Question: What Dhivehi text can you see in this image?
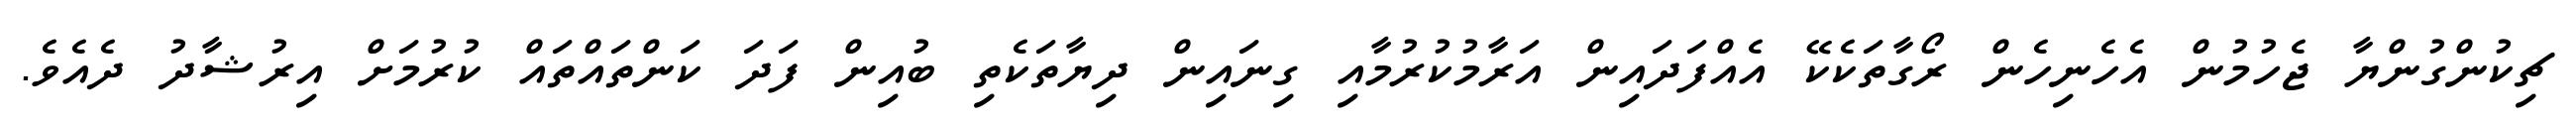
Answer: ޗިކުންގުންޔާ ޖެހުމުން އެހެނިހެން ރޯގާތަކެކޭ އެއްފަދައިން އަރާމުކުރުމާއި ގިނައިން ދިޔާތަކެތި ބުއިން ފަދަ ކަންތައްތައް ކުރުމަށް އިރުޝާދު ދެއެވެ.